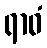
ရာဓံ